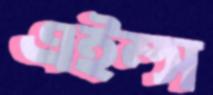
এইম্স